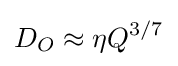
D_{O}\approx \eta Q^{3/7}